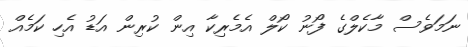
ނަމަވެސް މާކެލްގެ ފޯނު ކޯލް އެމެރިކާ އިން ކުރިން އަޑު އެހި ކަމެއް